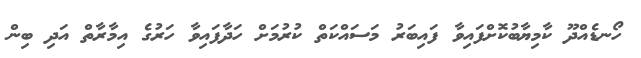
ހޯނޑެއްދޫ ކާމިޔާބުކޮށްފައިވާ ފައިބަރު މަސައްކަތް ކުރުމަށް ހަދާފައިވާ ހަރުގެ އިމާރާތް އަދި ބިން